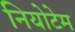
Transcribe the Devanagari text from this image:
नियोटेम